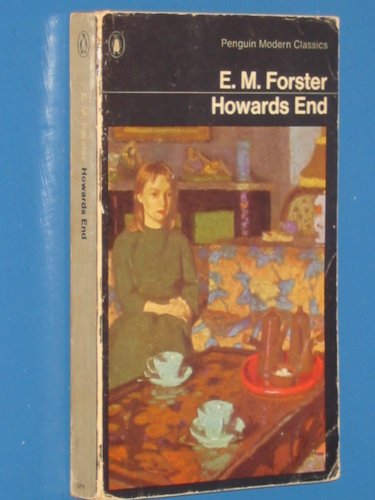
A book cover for Howards End; E. M. Forster; Crafts, Hobbies & Home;